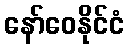
နော်ဝေနိုင်ငံ